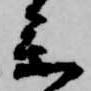
参